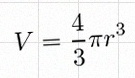
V=\frac43\pi r^3